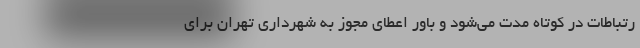
رتباطات در کوتاه مدت می‌شود و باور اعطای مجوز به شهرداری تهران برای